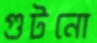
গুটনো